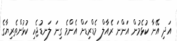
އަދި އޭނާ ކުޅެމުން އަންނަ ރެއާލް މެޑްރިޑަށް އެންމެ ގިނަ ލަނޑުޖެހި ކުޅުންތެރިޔާގެ